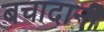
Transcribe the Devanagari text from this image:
बचादानी